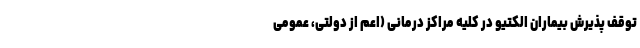
توقف پذیرش بیماران الکتیو در کلیه مراکز درمانی (اعم از دولتی، عمومی